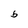
Character: b